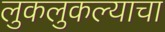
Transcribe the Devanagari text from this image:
लुकलुकल्याचा